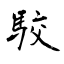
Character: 駮